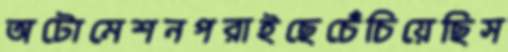
অটোমেশনপরাইছেচেঁচিয়েছিস